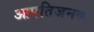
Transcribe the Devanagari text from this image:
आपतिजनक